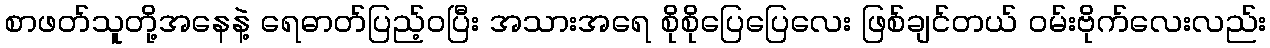
စာဖတ်သူတို့အနေနဲ့ ရေဓာတ်ပြည့်ဝပြီး အသားအရေ စိုစိုပြေပြေလေး ဖြစ်ချင်တယ် ဝမ်းဗိုက်လေးလည်း